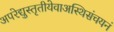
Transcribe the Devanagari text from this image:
अपरेद्युस्तृतीयेवाअस्थिसंचयनं